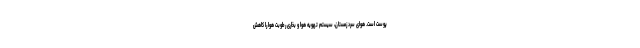
پوست است. هوای سرد زمستان، سیستم تهویه هوا و بخاری رطوبت هوا را کاهش